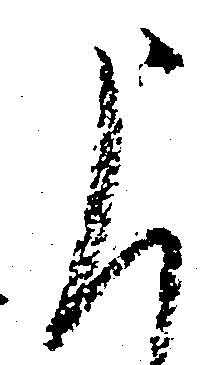
申